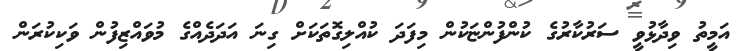
އަމީތު ވިދާޅުވީ ސަރުކާރުގެ ކުންފުންޏަކުން މިފަދަ ކުއްލިގޮތަކަށް ގިނަ އަދަދެއްގެ މުވައްޒިފުން ވަކިކުރަން